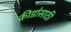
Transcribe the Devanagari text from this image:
क्रीडांसाठी